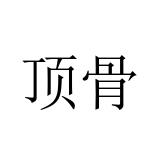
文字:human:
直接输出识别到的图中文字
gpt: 顶骨